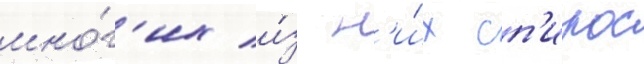
мно́г'их и́з н'и́х сп'ирос